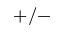
+ / -